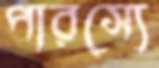
পারস্যে